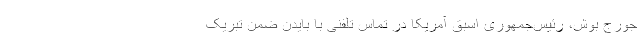
جورج بوش، رئیس‌جمهوری اسبق آمریکا در تماس تلفنی با بایدن ضمن تبریک